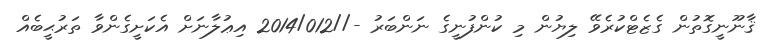
ޤާނޫނީގޮތުން ގެޒެޓްކުރެވޭ ލިޔުން މި ކުންފުނީގެ ނަންބަރު -//2014/012 އިޢުލާނަށް އެކަށީގެންވާ ތަރުޙީބެއް